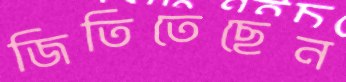
জিতিতেছেন